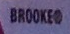
BROOKER